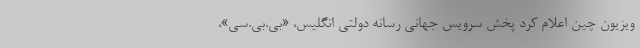
ویزیون چین اعلام کرد پخش سرویس جهانی رسانه دولتی انگلیس، «بی.بی.سی»،